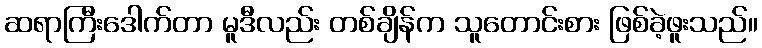
ဆရာကြီးဒေါက်တာ မူဒီလည်း တစ်ချိန်က သူတောင်းစား ဖြစ်ခဲ့ဖူးသည်။